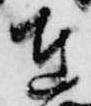
在